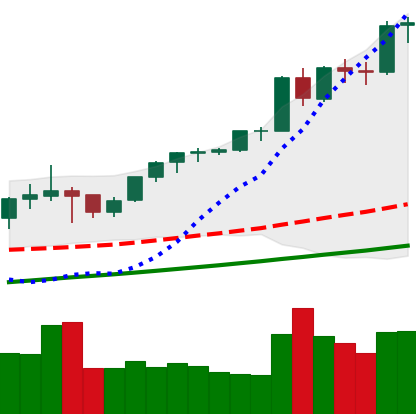
Ticker: ETH-USD
Chart end date: 2021-05-09
Forward return: 3.823%
Label: up_3_5